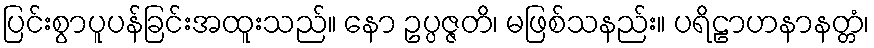
ပြင်းစွာပူပန်ခြင်းအထူးသည်။ နော ဥပ္ပဇ္ဇတိ၊ မဖြစ်သနည်း။ ပရိဠာဟနာနတ္တံ၊